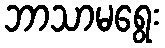
ဘာသာမရွေး